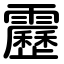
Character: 靂